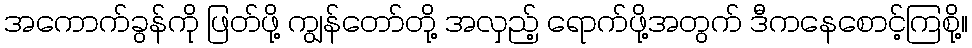
အကောက်ခွန်ကို ဖြတ်ဖို့ ကျွန်တော်တို့ အလှည့် ရောက်ဖို့အတွက် ဒီကနေစောင့်ကြစို့။